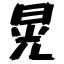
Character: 晃